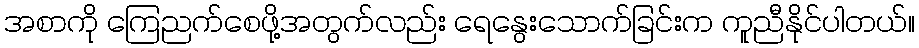
အစာကို ကြေညက်စေဖို့အတွက်လည်း ရေနွေးသောက်ခြင်းက ကူညီနိုင်ပါတယ်။